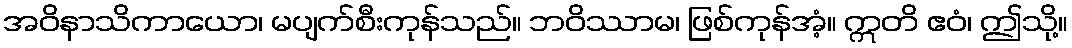
အဝိနာသိကာယော၊ မပျက်စီးကုန်သည်။ ဘဝိဿာမ၊ ဖြစ်ကုန်အံ့။ ဣတိ ဧဝံ၊ ဤသို့။